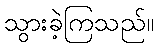
သွားခဲ့ကြသည်။